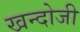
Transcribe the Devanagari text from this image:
खन्दोजी